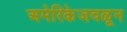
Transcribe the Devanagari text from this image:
अमेरिकेजवळून